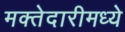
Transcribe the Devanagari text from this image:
मक्तेदारीमध्ये